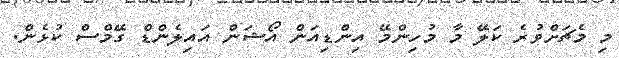
މި މެޗަށްވުރެ ކަލޭ މާ މުހިންމޭ އިންޑިއަން އޯޝަން އައިލެންޑް ގޭމްސް ކުޅެން.